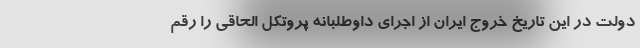
دولت در این تاریخ خروج ایران از اجرای داوطلبانه پروتکل الحاقی را رقم